Civil Veterinary Department. United Provinces 1912-22 - 1912-1922
Year: 1912
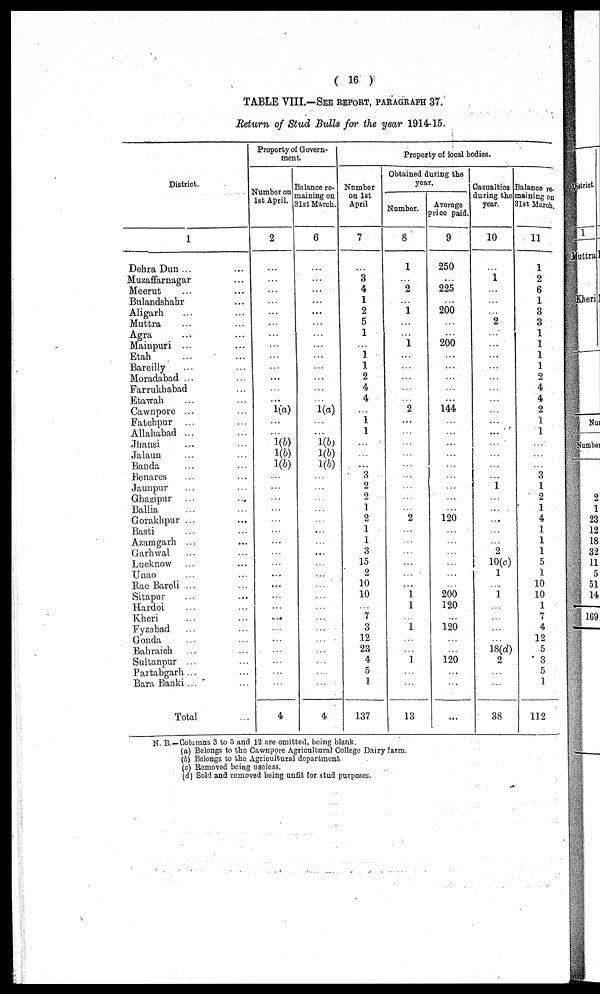
( 16 )
TABLE VIII.—SEE REPORT, PARAGRAPHS 37.
Return of Stud Bulls for the year 1914-15.
District.
1
Dehra Dun ... …
Muzaffarnagar …
Meerut … …
Bulandsbabr …
Aligarh … …
Muttra … …
Agra … …
Mainpuri ... …
Etah … …
Bareilly … …
Moradabad ... …
Farrukbabad …
Etawah … …
Cawnpore ... …
Fatebpur ... …
Allahabad ... …
Jhansi … …
Jalaun … …
Banda … …
Benares … …
Jaunpur … …
Ghazipur … …
Ballia … …
Gorakhpur ... …
Basti … …
Azamgarh ... …
Garhwal … …
Lucknow … …
Unao … …
Rae Bareli ... …
Sitapur … …
Hardoi … …
Kheri … …
Fyzabad … …
Gonda … …
Bahraich … …
Sultanpur ... …
Partabgarh ... …
Bara Banki ...
Total …
Property of Govern-
ment.
Number on
1st April.
2
…
…
…
…
…
…
…
…
…
…
...
…
…
1(a)
…
…
1(b)
1(6)
1(6)
…
…
…
…
…
…
…
…
…
…
...
…
…
…
…
…
…
…
…
…
4
Balance re-
naming on
1st March.
6
…
…
…
…
...
…
…
…
…
…
…
…
…
1(a)
…
…
1(b)
1(6)
1(6)
…
…
…
…
…
…
…
...
…
…
…
…
…
…
…
…
…
…
…
…
4
Property of local bodies.
Number
on 1st
April
7
…
3
4
1
2
5
1
…
1
1
2
4
4
…
1
1
…
…
…
3
2
2
1
2
1
1
3
15
2
10
10
…
7
…
12
23
4
5
1
137
Obtained during the
year.
Number.
8
1
…
2
…
1
…
…
1
…
…
…
…
…
2
…
…
…
…
…
…
...
…
…
2
...
…
…
…
…
…
1
1
…
1
…
…
1
…
…
13
Average
price paid.
9
250
…
225
…
200
…
…
200
…
…
…
…
…
144
…
…
…
…
…
…
...
…
…
120
…
…
…
…
…
…
200
120
…
120
…
…
120
…
…
…
Casualties
during the
year.
10
…
1
…
…
…
2
…
…
…
…
…
…
…
…
…
…
…
…
…
…
1
…
…
...
…
…
2
10(c)
1
…
1
…
…
…
…
18(d)
2
…
…
38
Balance re-
maining on
31st March.
11
1
2
6
1
3
3
1
1
1
1
2
4
4
2
1
1
…
…
…
3
1
2
1
4
1
1
1
5
1
10
10
1
7
4
12
5
3
5
1
112
N. B.—Columns 3 to 5 and 12 are omitted, being blank.
(a) Belongs to the Cawnpore Agricultural College Dairy farm.
(b) Belongs to the Agricultural department.
(c) Removed being useless.
(d) Sold and removed being unfit for stud purposes.